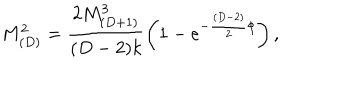
M _ { ( D ) } ^ { 2 } = \frac { 2 M _ { ( D + 1 ) } ^ { 3 } } { ( D - 2 ) k } \left( 1 - e ^ { - \frac { ( D - 2 ) } { 2 } \phi } \right) ,